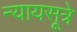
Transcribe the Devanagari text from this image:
न्यायसूत्रे